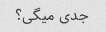
جدی میگی؟